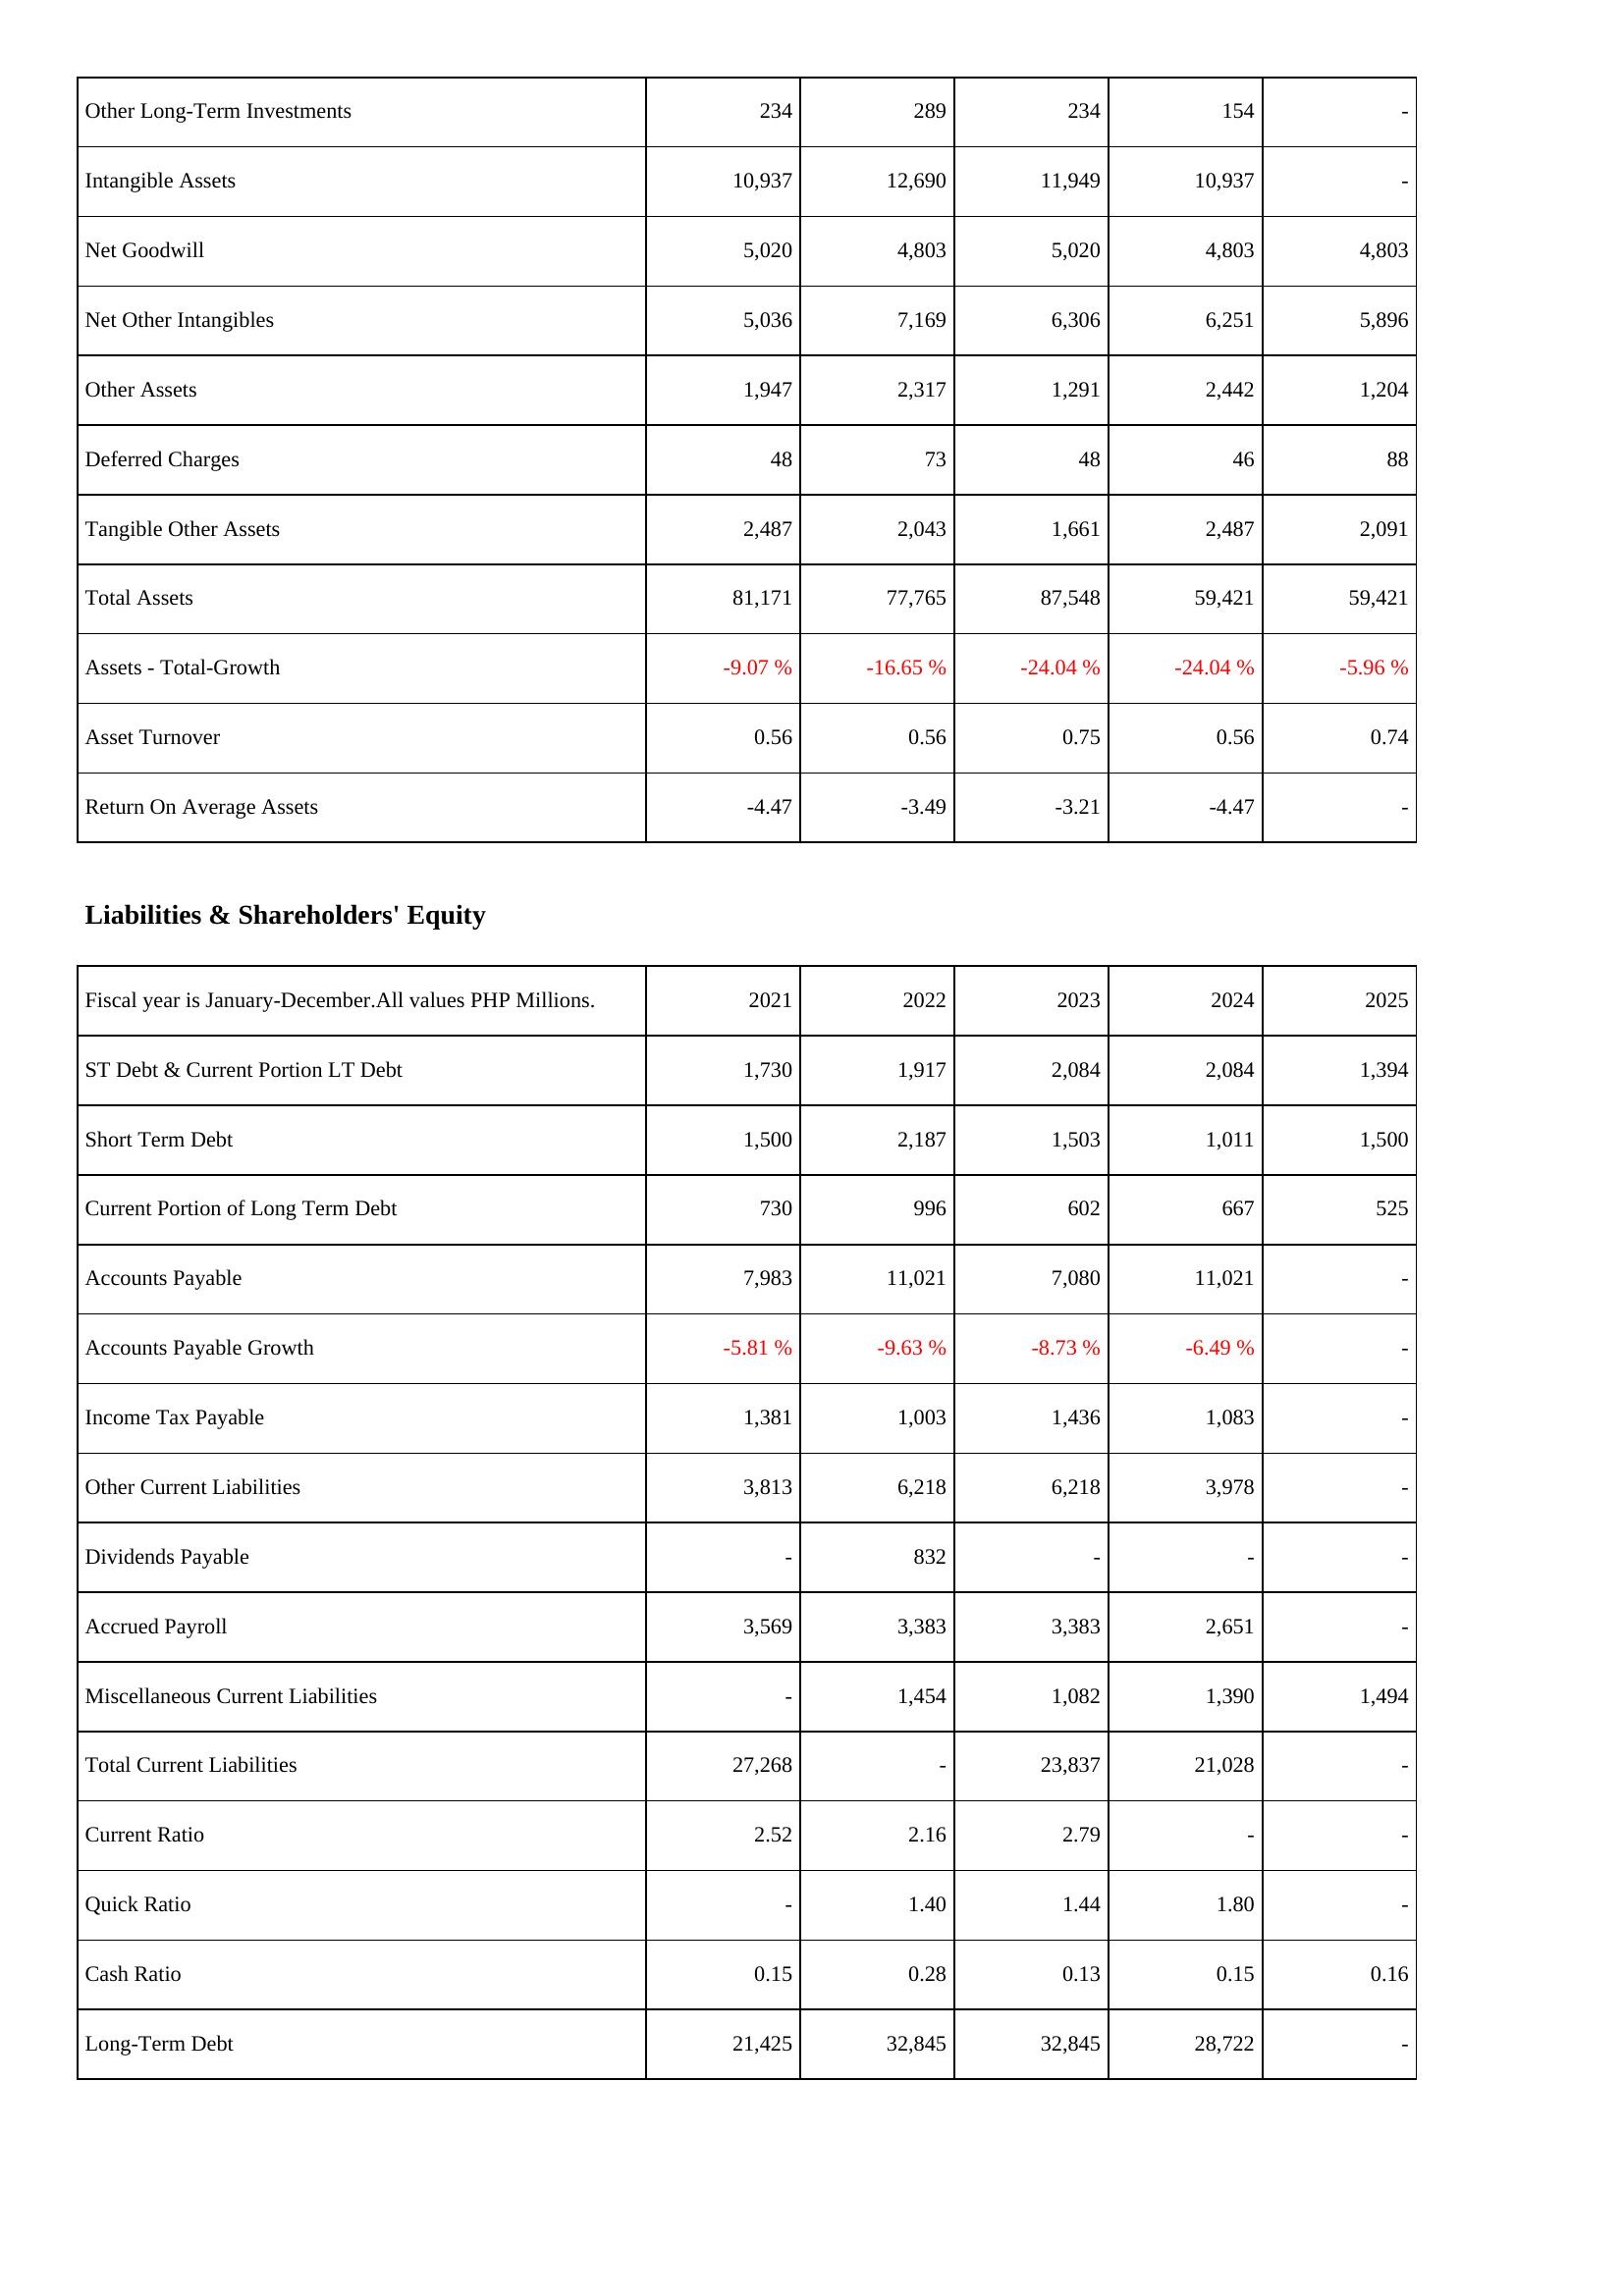
2021: Assets: Other Long-Term Investments: 234
Intangible Assets: 10,937
Net Goodwill: 5,020
Net Other Intangibles: 5,036
Other Assets: 1,947
Deferred Charges: 48
Tangible Other Assets: 2,487
Total Assets: 81,171
Assets - Total-Growth: -9.07 %
Asset Turnover: 0.56
Return On Average Assets: -4.47
Liabilities & Shareholders' Equity: ST Debt & Current Portion LT Debt: 1,730
Short Term Debt: 1,500
Current Portion of Long Term Debt: 730
Accounts Payable: 7,983
Accounts Payable Growth: -5.81 %
Income Tax Payable: 1,381
Other Current Liabilities: 3,813
Dividends Payable: -
Accrued Payroll: 3,569
Miscellaneous Current Liabilities: -
Total Current Liabilities: 27,268
Current Ratio: 2.52
Quick Ratio: -
Cash Ratio: 0.15
Long-Term Debt: 21,425
2022: Assets: Other Long-Term Investments: 289
Intangible Assets: 12,690
Net Goodwill: 4,803
Net Other Intangibles: 7,169
Other Assets: 2,317
Deferred Charges: 73
Tangible Other Assets: 2,043
Total Assets: 77,765
Assets - Total-Growth: -16.65 %
Asset Turnover: 0.56
Return On Average Assets: -3.49
Liabilities & Shareholders' Equity: ST Debt & Current Portion LT Debt: 1,917
Short Term Debt: 2,187
Current Portion of Long Term Debt: 996
Accounts Payable: 11,021
Accounts Payable Growth: -9.63 %
Income Tax Payable: 1,003
Other Current Liabilities: 6,218
Dividends Payable: 832
Accrued Payroll: 3,383
Miscellaneous Current Liabilities: 1,454
Total Current Liabilities: -
Current Ratio: 2.16
Quick Ratio: 1.40
Cash Ratio: 0.28
Long-Term Debt: 32,845
2023: Assets: Other Long-Term Investments: 234
Intangible Assets: 11,949
Net Goodwill: 5,020
Net Other Intangibles: 6,306
Other Assets: 1,291
Deferred Charges: 48
Tangible Other Assets: 1,661
Total Assets: 87,548
Assets - Total-Growth: -24.04 %
Asset Turnover: 0.75
Return On Average Assets: -3.21
Liabilities & Shareholders' Equity: ST Debt & Current Portion LT Debt: 2,084
Short Term Debt: 1,503
Current Portion of Long Term Debt: 602
Accounts Payable: 7,080
Accounts Payable Growth: -8.73 %
Income Tax Payable: 1,436
Other Current Liabilities: 6,218
Dividends Payable: -
Accrued Payroll: 3,383
Miscellaneous Current Liabilities: 1,082
Total Current Liabilities: 23,837
Current Ratio: 2.79
Quick Ratio: 1.44
Cash Ratio: 0.13
Long-Term Debt: 32,845
2024: Assets: Other Long-Term Investments: 154
Intangible Assets: 10,937
Net Goodwill: 4,803
Net Other Intangibles: 6,251
Other Assets: 2,442
Deferred Charges: 46
Tangible Other Assets: 2,487
Total Assets: 59,421
Assets - Total-Growth: -24.04 %
Asset Turnover: 0.56
Return On Average Assets: -4.47
Liabilities & Shareholders' Equity: ST Debt & Current Portion LT Debt: 2,084
Short Term Debt: 1,011
Current Portion of Long Term Debt: 667
Accounts Payable: 11,021
Accounts Payable Growth: -6.49 %
Income Tax Payable: 1,083
Other Current Liabilities: 3,978
Dividends Payable: -
Accrued Payroll: 2,651
Miscellaneous Current Liabilities: 1,390
Total Current Liabilities: 21,028
Current Ratio: -
Quick Ratio: 1.80
Cash Ratio: 0.15
Long-Term Debt: 28,722
2025: Assets: Other Long-Term Investments: -
Intangible Assets: -
Net Goodwill: 4,803
Net Other Intangibles: 5,896
Other Assets: 1,204
Deferred Charges: 88
Tangible Other Assets: 2,091
Total Assets: 59,421
Assets - Total-Growth: -5.96 %
Asset Turnover: 0.74
Return On Average Assets: -
Liabilities & Shareholders' Equity: ST Debt & Current Portion LT Debt: 1,394
Short Term Debt: 1,500
Current Portion of Long Term Debt: 525
Accounts Payable: -
Accounts Payable Growth: -
Income Tax Payable: -
Other Current Liabilities: -
Dividends Payable: -
Accrued Payroll: -
Miscellaneous Current Liabilities: 1,494
Total Current Liabilities: -
Current Ratio: -
Quick Ratio: -
Cash Ratio: 0.16
Long-Term Debt: -